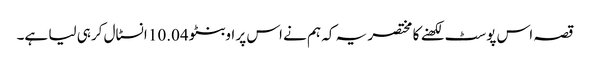
قصہ اس پوسٹ لکھنے کا مختصر یہ کہ ہم نے اس پر اوبنٹو 10.04 انسٹال کرہی لیا ہے۔